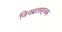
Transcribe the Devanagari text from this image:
विनम्रतासूचक